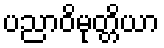
ပညာဝိမုတ္တိယာ